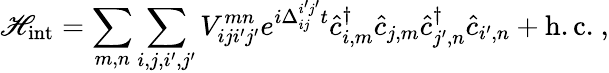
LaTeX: \mathscr{H}_{\mathrm{{int}}}=\sum_{m,n}\sum_{i,j,i^{\prime},j^{\prime}}V_{iji^{\prime}j^{\prime}}^{mn}e^{i\Delta_{ij}^{i^{\prime}j^{\prime}}t}\hat{{c}}_{i,m}^{\dagger}\hat{{c}}_{j,m}\hat{{c}}_{j^{\prime},n}^{\dagger}\hat{{c}}_{i^{\prime},n}+\mathrm{{h.c.}}\ ,